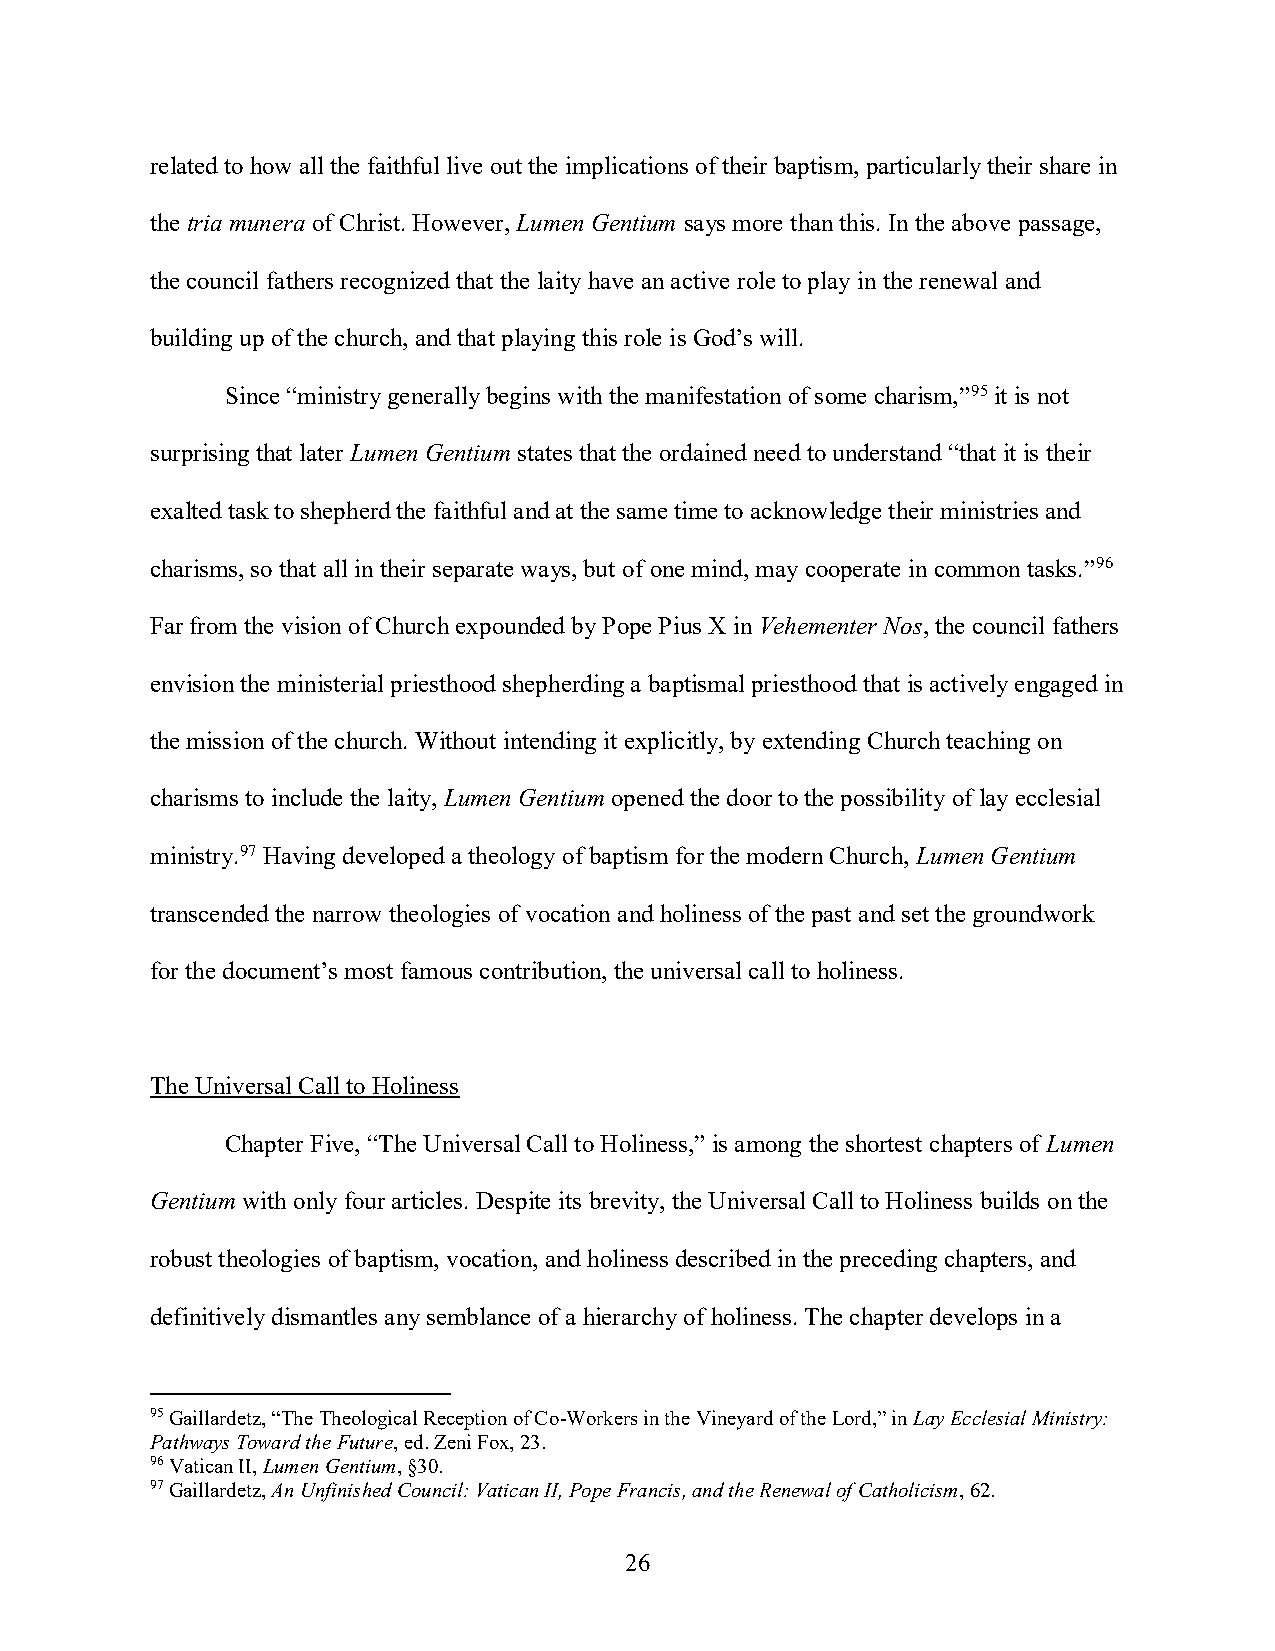
related to how all the faithful live out the implications of their baptism, particularly their share in
 the tria munera of Christ. However, Lumen Gentium says more than this. In the above passage,
 the council fathers recognized that the laity have an active role to play in the renewal and
 building up of the church, and that playing this role is God’s will.
 Since “ministry generally begins with the manifestation of some charism,”95 it is not
 surprising that later Lumen Gentium states that the ordained need to understand “that it is their
 exalted task to shepherd the faithful and at the same time to acknowledge their ministries and
 charisms, so that all in their separate ways, but of one mind, may cooperate in common tasks.”96
 Far from the vision of Church expounded by Pope Pius X in Vehementer Nos, the council fathers
 envision the ministerial priesthood shepherding a baptismal priesthood that is actively engaged in
 the mission of the church. Without intending it explicitly, by extending Church teaching on
 charisms to include the laity, Lumen Gentium opened the door to the possibility of lay ecclesial
 ministry.97 Having developed a theology of baptism for the modern Church, Lumen Gentium
 transcended the narrow theologies of vocation and holiness of the past and set the groundwork
 for the document’s most famous contribution, the universal call to holiness.
 The Universal Call to Holiness
 Chapter Five, “The Universal Call to Holiness,” is among the shortest chapters of Lumen
 Gentium with only four articles. Despite its brevity, the Universal Call to Holiness builds on the
 robust theologies of baptism, vocation, and holiness described in the preceding chapters, and
 definitively dismantles any semblance of a hierarchy of holiness. The chapter develops in a
 95 Gaillardetz, “The Theological Reception of Co-Workers in the Vineyard of the Lord,” in Lay Ecclesial Ministry:
 Pathways Toward the Future, ed. Zeni Fox, 23.
 96 Vatican II, Lumen Gentium, §30.
 97 Gaillardetz, An Unfinished Council: Vatican II, Pope Francis, and the Renewal of Catholicism, 62.
 26